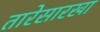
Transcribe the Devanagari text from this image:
तारेसारखा